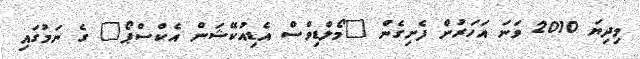
މިދިޔަ 2010 ވަނަ އަހަރުން ފެށިގެން "މޯލްޑިވްސް އެޑިއުކޭޝަން އެކްސްޕޯ" ގެ ނަމުގައި